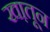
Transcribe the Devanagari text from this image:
खा़तून